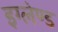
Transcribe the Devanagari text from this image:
इग्‍लेण्‍ड